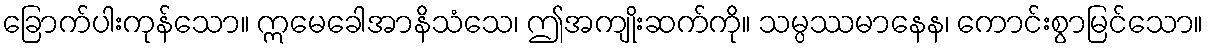
ခြောက်ပါးကုန်သော။ ဣမေခေါအာနိသံသေ၊ ဤအကျိုးဆက်ကို။ သမ္ပဿမာနေန၊ ကောင်းစွာမြင်သော။